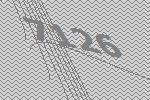
7126